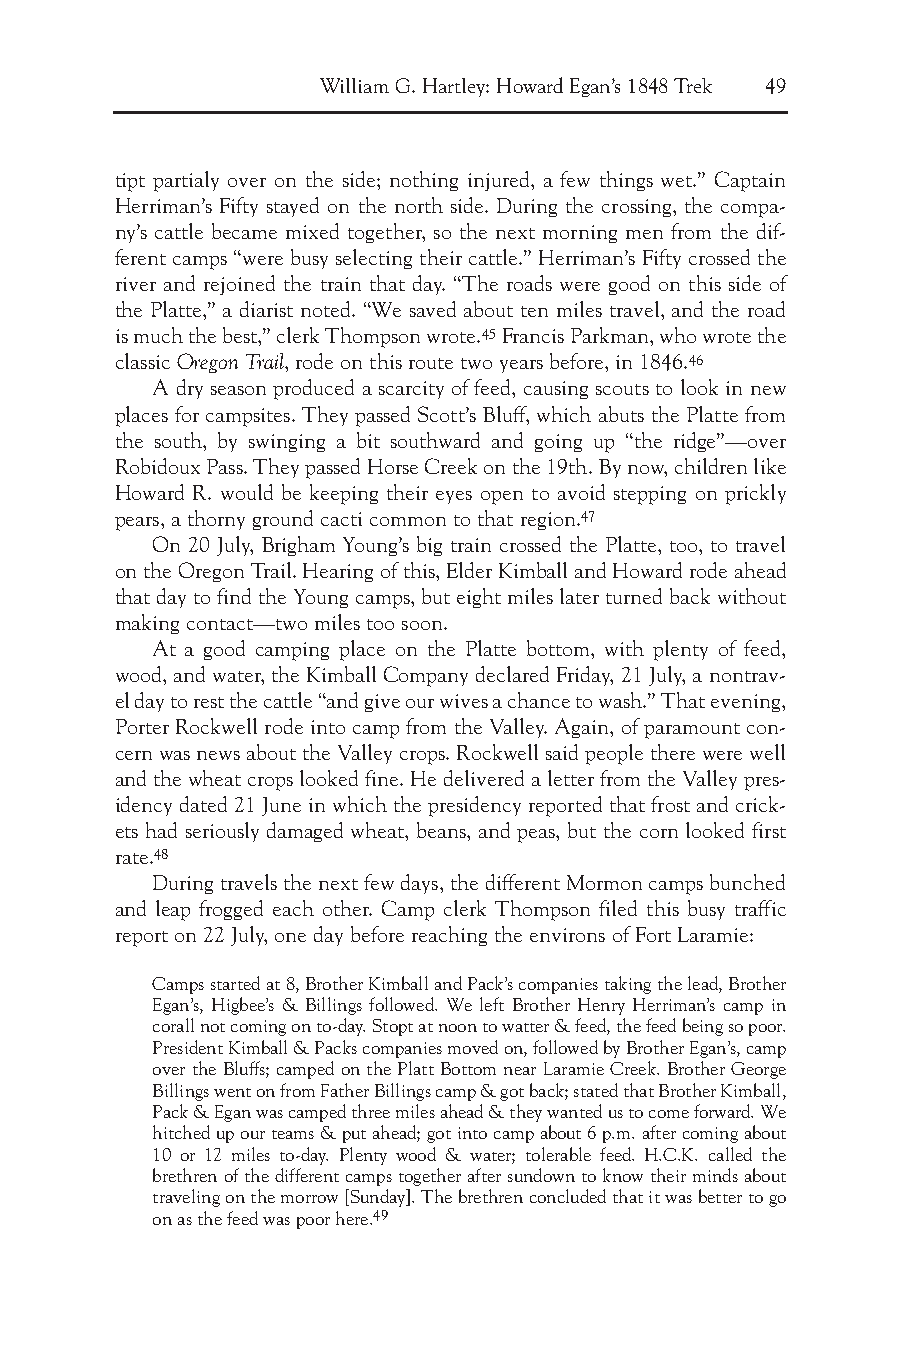
William G. Hartley: Howard Egan’s 1848 Trek 49
 tipt partialy over on the side; nothing injured, a few things wet.” Captain
 Herriman’s Fifty stayed on the north side. During the crossing, the compa-
 ny’s cattle became mixed together, so the next morning men from the dif-
 ferent camps “were busy selecting their cattle.” Herriman’s Fifty crossed the
 river and rejoined the train that day. “The roads were good on this side of
 the Platte,” a diarist noted. “We saved about ten miles travel, and the road
 is much the best,” clerk Thompson wrote.45Francis Parkman, who wrote the
 classic Oregon Trail, rode on this route two years before, in 1846.46
 A dry season produced a scarcity of feed, causing scouts to look in new
 places for campsites. They passed Scott’s Bluff, which abuts the Platte from
 the south, by swinging a bit southward and going up “the ridge”—over
 Robidoux Pass. They passed Horse Creek on the 19th. By now, children like
 Howard R. would be keeping their eyes open to avoid stepping on prickly
 pears, a thorny ground cacti common to that region.47
 On 20 July, Brigham Young’s big train crossed the Platte, too, to travel
 on the Oregon Trail. Hearing of this, Elder Kimball and Howard rode ahead
 that day to find the Young camps, but eight miles later turned back without
 making contact—two miles too soon.
 At a good camping place on the Platte bottom, with plenty of feed,
 wood, and water, the Kimball Company declared Friday, 21 July, a nontrav-
 el day to rest the cattle “and give our wives a chance to wash.” That evening,
 Porter Rockwell rode into camp from the Valley. Again, of paramount con-
 cern was news about the Valley crops. Rockwell said people there were well
 and the wheat crops looked fine. He delivered a letter from the Valley pres-
 idency dated 21 June in which the presidency reported that frost and crick-
 ets had seriously damaged wheat, beans, and peas, but the corn looked first
 rate.48
 During travels the next few days, the different Mormon camps bunched
 and leap frogged each other. Camp clerk Thompson filed this busy traffic
 report on 22 July, one day before reaching the environs of Fort Laramie:
 Camps started at 8, Brother Kimball and Pack’s companies taking the lead, Brother
 Egan’s, Higbee’s & Billings followed. We left Brother Henry Herriman’s camp in
 corall not coming on to-day. Stopt at noon to watter & feed, the feed being so poor.
 President Kimball & Packs companies moved on, followed by Brother Egan’s, camp
 over the Bluffs; camped on the Platt Bottom near Laramie Creek. Brother George
 Billings went on from Father Billings camp & got back; stated that Brother Kimball,
 Pack & Egan was camped three miles ahead & they wanted us to come forward. We
 hitched up our teams & put ahead; got into camp about 6 p.m. after coming about
 10 or 12 miles to-day. Plenty wood & water; tolerable feed. H.C.K. called the
 brethren of the different camps together after sundown to know their minds about
 traveling on the morrow [Sunday]. The brethren concluded that it was better to go
 on as the feed was poor here.49